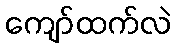
ကျော်ထက်လဲ